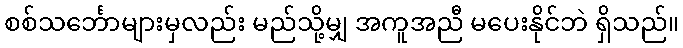
စစ်သင်္ဘောများမှလည်း မည်သို့မျှ အကူအညီ မပေးနိုင်ဘဲ ရှိသည်။